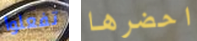
تفعلوا احضرها